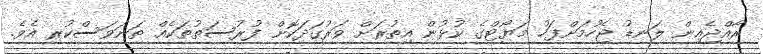
ރާއްޖެއިން ލަނޑު ޖެހުމަށްފަހު މަޔޯޓްގެ ކުޅުން އިތުރަށް ވަރުގަދަކޮށް ފުރުސަތުތަކެއް ތަނަވަސްކުރި އެވެ.